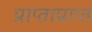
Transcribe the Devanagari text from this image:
प्राप्ताप्राप्त